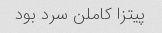
پیتزا کاملن سرد بود